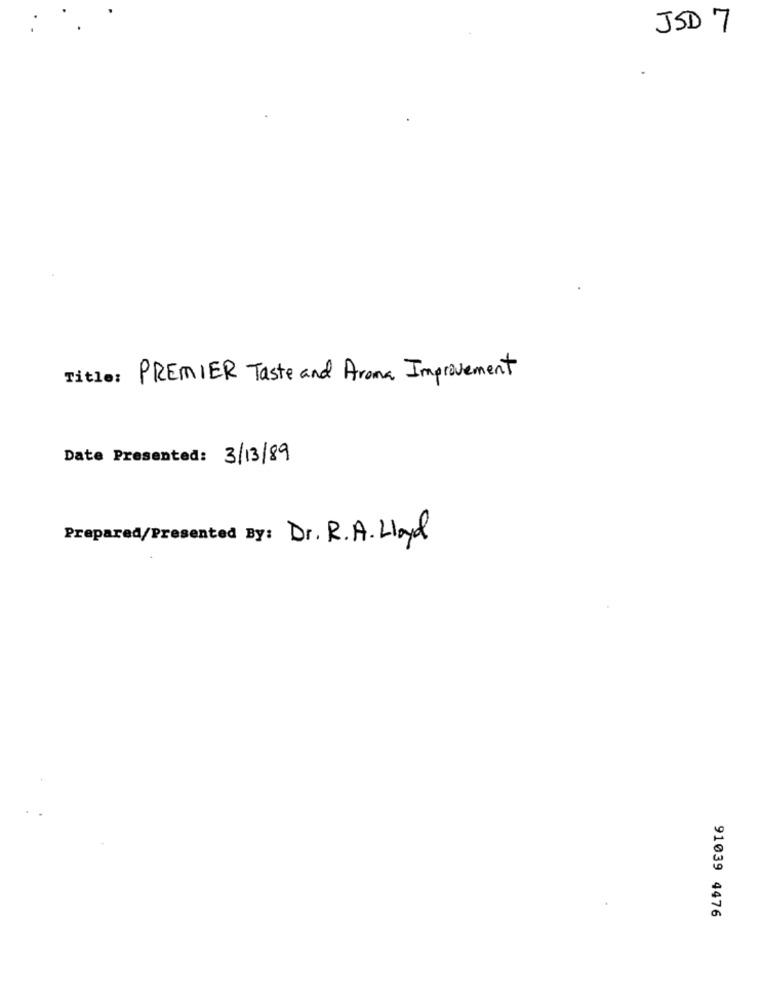
JSD 7
Title: PREMIER Taste and Arona Improvement
Date Presented: 3/13/89
Prepared/Presented By: Dr. R.A. Lloyd
91039 4476